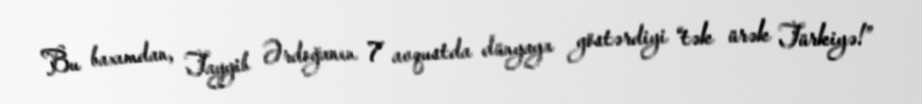
Bu baxımdan, Tayyib Ərdoğanın 7 avqustda dünyaya göstərdiyi “tək ürək Türkiyə!”